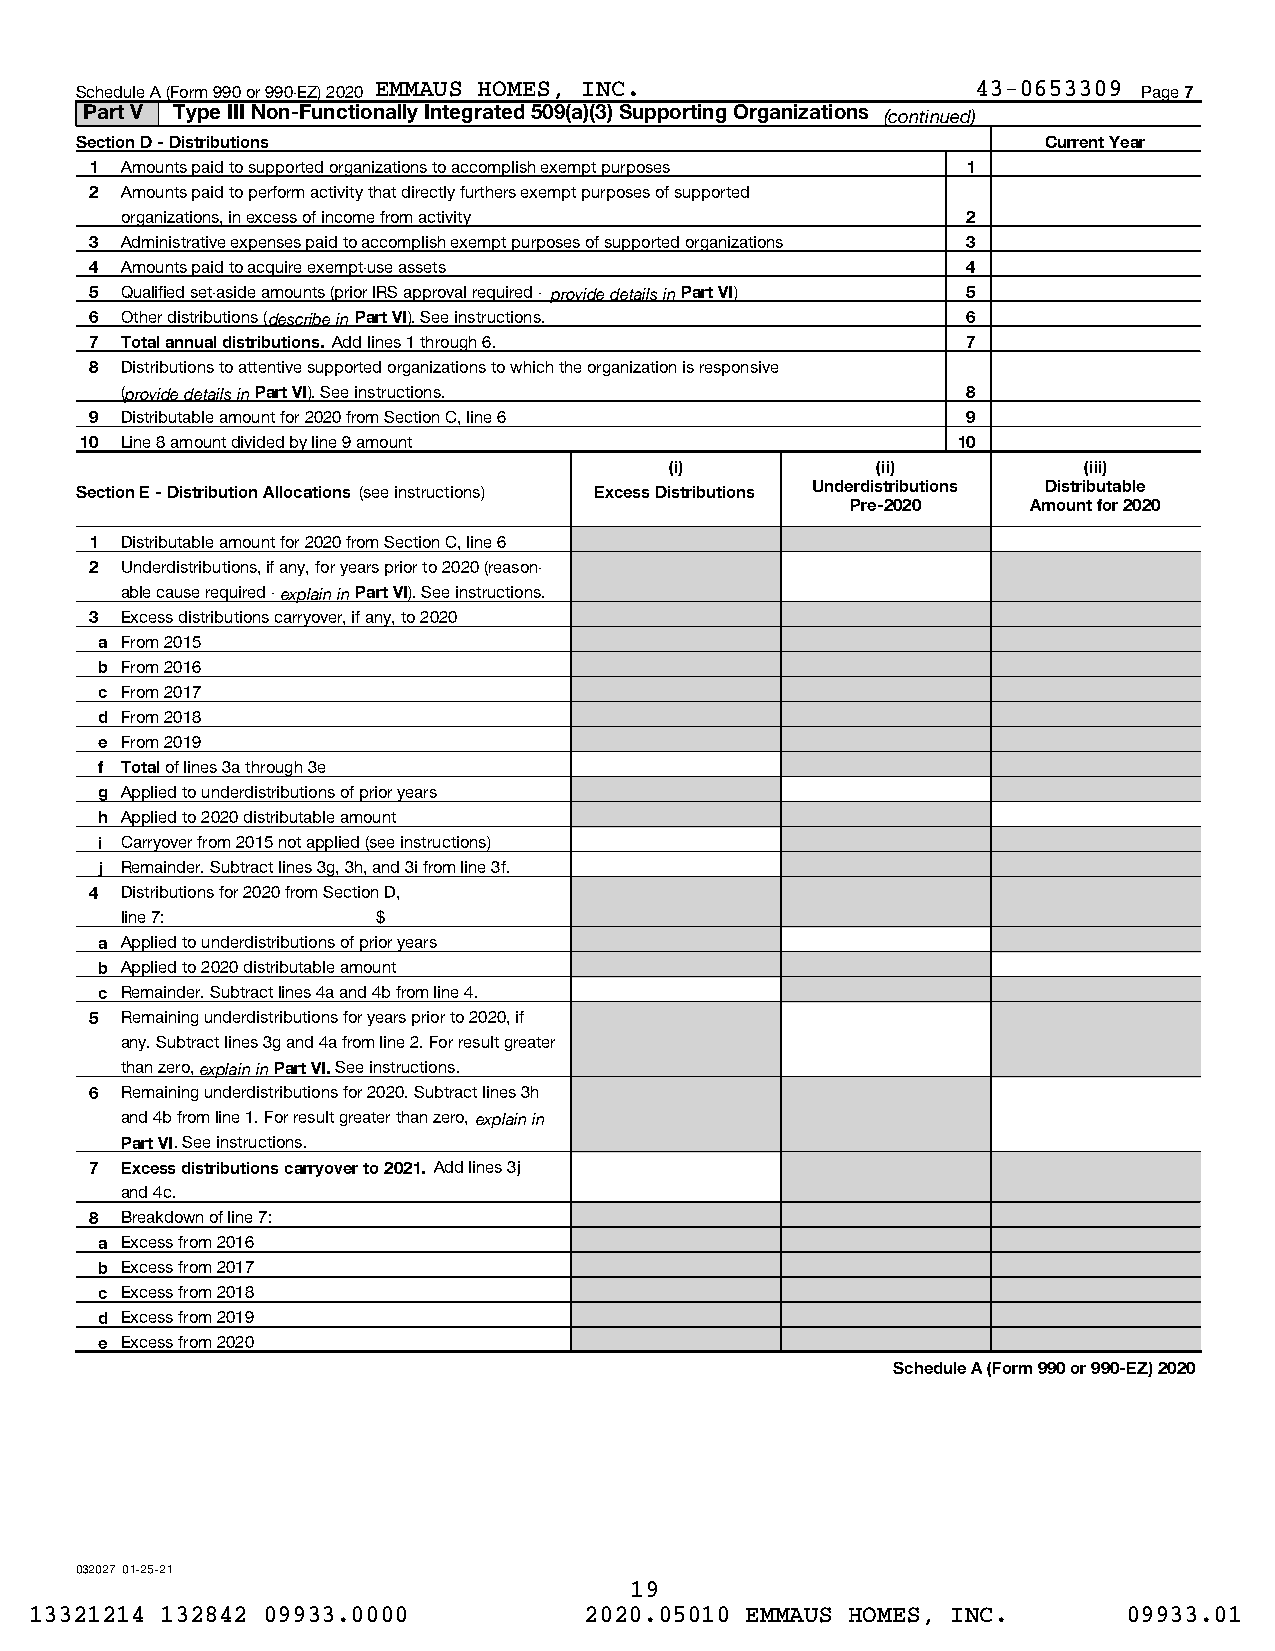
Schedule A (Form 990 or 990-EZ) 2020 EMMAUS HOMES, INC.     43-0653309 Page 7
 Part V Type III Non-Functionally Integrated 509(a)(3) Supporting Organizations (continued)
 Section D - Distributions                                       Current Year
 1 Amounts paid to supported organizations to accomplish exempt purposes 1
 2 Amounts paid to perform activity that directly furthers exempt purposes of supported
 organizations, in excess of income from activity        2
 3 Administrative expenses paid to accomplish exempt purposes of supported organizations 3
 4 Amounts paid to acquire exempt-use assets               4
 5 Qualified set-aside amounts (prior IRS approval required - provide details in Part VI) 5
 6 Other distributions (describe in Part VI). See instructions. 6
 7 Total annual distributions. Add lines 1 through 6.      7
 8 Distributions to attentive supported organizations to which the organization is responsive
 (provide details in Part VI). See instructions.         8
 9 Distributable amount for 2020 from Section C, line 6    9
 10 Line 8 amount divided by line 9 amount                 10
 (i)           (ii)          (iii)
 Section E - Distribution Allocations (see instructions) Excess Distributions Underdistributions Distributable
 Pre-2020    Amount for 2020
 1 Distributable amount for 2020 from Section C, line 6
 2 Underdistributions, if any, for years prior to 2020 (reason-
 able cause required - explain in Part VI). See instructions.
 3 Excess distributions carryover, if any, to 2020
 a From 2015
 b From 2016
 c From 2017
 d From 2018
 e From 2019
 f Total of lines 3a through 3e
 g Applied to underdistributions of prior years
 h Applied to 2020 distributable amount
 i Carryover from 2015 not applied (see instructions)
 j Remainder. Subtract lines 3g, 3h, and 3i from line 3f.
 4 Distributions for 2020 from Section D,
 line 7:          $
 a Applied to underdistributions of prior years
 b Applied to 2020 distributable amount
 c Remainder. Subtract lines 4a and 4b from line 4.
 5 Remaining underdistributions for years prior to 2020, if
 any. Subtract lines 3g and 4a from line 2. For result greater
 than zero, explain in Part VI. See instructions.
 6 Remaining underdistributions for 2020. Subtract lines 3h
 and 4b from line 1. For result greater than zero, explain in
 Part VI. See instructions.
 7 Excess distributions carryover to 2021. Add lines 3j
 and 4c.
 8 Breakdown of line 7:
 a Excess from 2016
 b Excess from 2017
 c Excess from 2018
 d Excess from 2019
 e Excess from 2020
 Schedule A (Form 990 or 990-EZ) 2020
 032027 01-25-21
 19
 13321214 132842 09933.0000           2020.05010 EMMAUS HOMES, INC.       09933.01